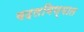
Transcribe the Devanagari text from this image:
बदलविण्यात